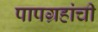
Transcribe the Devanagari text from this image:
पापग्रहांची